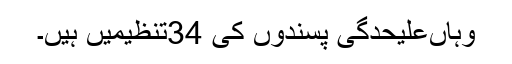
وہاںعلیحدگی پسندوں کی 34تنظیمیں ہیں۔